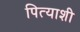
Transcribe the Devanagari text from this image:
पित्याशी